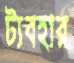
ট্যবহার